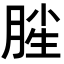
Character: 𣍺